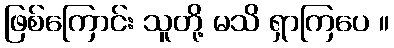
ဖြစ်ကြောင်း သူတို့ မသိ ရှာကြပေ ။